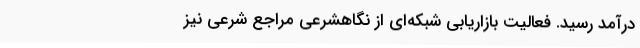
درآمد رسید. فعالیت‌ بازاریابی شبکه‌ای از نگاهشرعی مراجع شرعی نیز